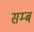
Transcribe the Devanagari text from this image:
सम्ब